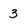
Character: 3